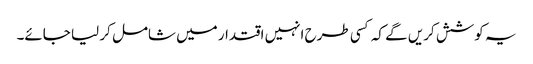
یہ کوشش کریں گے کہ کسی طرح انہیں اقتدار میں شامل کر لیا جائے۔